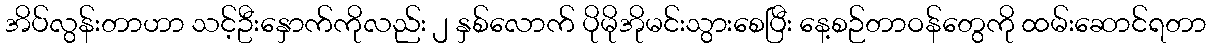
အိပ်လွန်းတာဟာ သင့်ဦးနှောက်ကိုလည်း ၂ နှစ်လောက် ပိုမိုအိုမင်းသွားစေပြီး နေ့စဉ်တာဝန်တွေကို ထမ်းဆောင်ရတာ